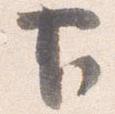
下